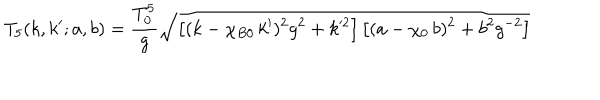
T _ { 5 } ( k , k ^ { \prime } ; a , b ) = \frac { T _ { 0 } ^ { 5 } } { g } \sqrt { \left[ ( k - \chi _ { B 0 } \, k ^ { \prime } ) ^ { 2 } g ^ { 2 } + k ^ { 2 } \right] \left[ ( a - \chi _ { 0 } \, b ) ^ { 2 } + b ^ { 2 } g ^ { - 2 } \right] }